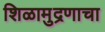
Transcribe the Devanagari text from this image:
शिळामुद्रणाचा